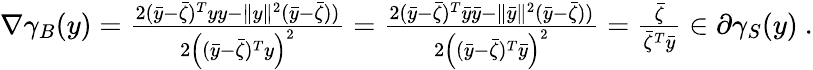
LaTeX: \begin{array}{r}{\nabla\gamma_{B}(y)=\frac{2(\bar{y}-\bar{\zeta})^{T}yy-\| y\| ^{2}(\bar{y}-\bar{\zeta}))}{2\left((\bar{y}-\bar{\zeta})^{T}y\right)^{2}}=\frac{2(\bar{y}-\bar{\zeta})^{T}\bar{y}\bar{y}-\| \bar{y}\| ^{2}(\bar{y}-\bar{\zeta}))}{2\left((\bar{y}-\bar{\zeta})^{T}\bar{y}\right)^{2}}=\frac{\bar{\zeta}}{\bar{\zeta}^{T}\bar{y}}\in\partial\gamma_{S}(y)\ .}\end{array}